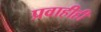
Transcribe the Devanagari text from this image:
प्रवाहीही